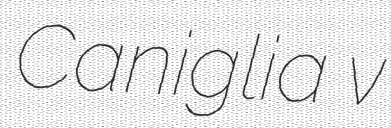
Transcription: Caniglia v